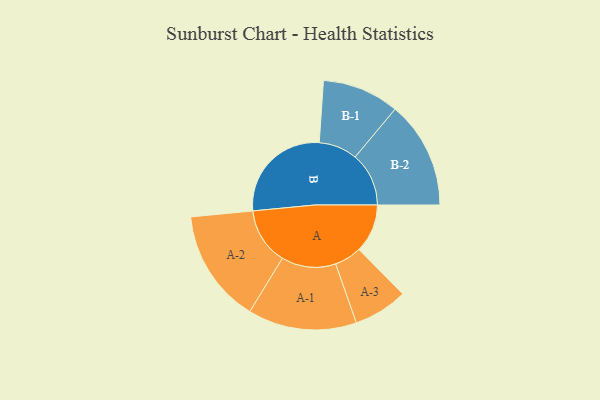
{"axis": {"x": "Segment", "y": "Value"}, "legend": ["", "A", "B"], "data": [{"x": "A", "y": 199, "type": ""}, {"x": "B", "y": 436, "type": ""}, {"x": "A-1", "y": 223, "type": "A"}, {"x": "A-2", "y": 233, "type": "A"}, {"x": "A-3", "y": 111, "type": "A"}, {"x": "B-1", "y": 158, "type": "B"}, {"x": "B-2", "y": 220, "type": "B"}]}